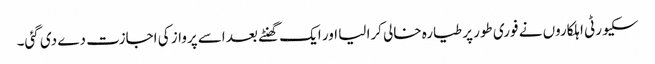
سکیورٹی اہلکاروں نے فوری طور پر طیارہ خالی کرا لیا اور ایک گھنٹے بعد اسے پرواز کی اجازت دے دی گئی۔